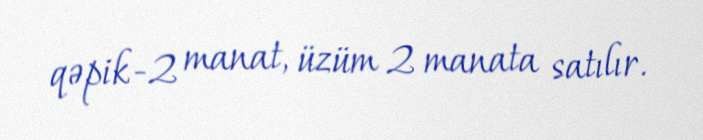
qəpik-2 manat, üzüm 2 manata satılır.